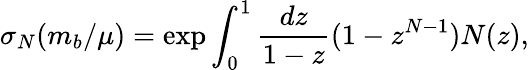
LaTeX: \sigma_{N}(m_{b}/\mu)=\exp\int_{0}^{1}{\frac{dz}{1-z}}(1-z^{N-1})N(z),